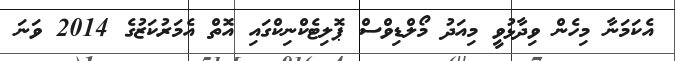
އެކަމަނާ މިހެން ވިދާޅުވީ މިއަދު މޯލްޑިވްސް ޕޮލިޓެކްނިކްގައި އޮތް އެމަރުކަޒުގެ 2014 ވަނަ